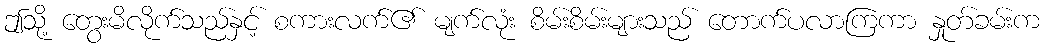
ဤသို့ တွေးမိလိုက်သည်နှင့် စကားလက်၏ မျက်လုံး စိမ်းစိမ်းများသည် တောက်ပလာကြကာ နှုတ်ခမ်းက